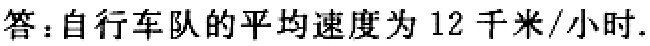
答：自行车队的平均速度为 12 千米/小时.